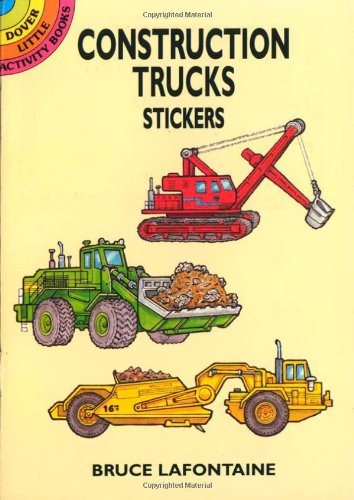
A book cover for Construction Trucks Stickers (Dover Little Activity Books Stickers); Bruce LaFontaine; Children's Books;